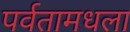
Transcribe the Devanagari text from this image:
पर्वतामधला